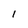
Character: I